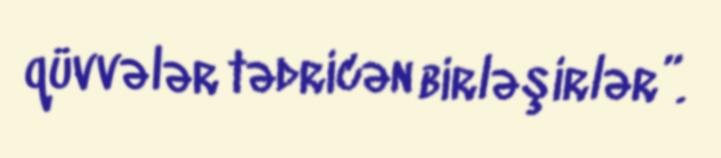
qüvvələr tədricən birləşirlər”.